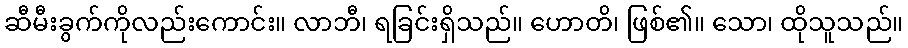
ဆီမီးခွက်ကိုလည်းကောင်း။ လာဘီ၊ ရခြင်းရှိသည်။ ဟောတိ၊ ဖြစ်၏။ သော၊ ထိုသူသည်။